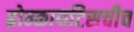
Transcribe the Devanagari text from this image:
ब्रोन्कायटिसचीच